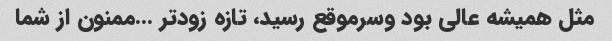
مثل همیشه عالی بود وسرموقع رسید، تازه زودتر …ممنون از شما